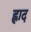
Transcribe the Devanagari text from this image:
ह्लाद